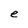
Character: e